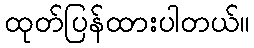
ထုတ်ပြန်ထားပါတယ်။